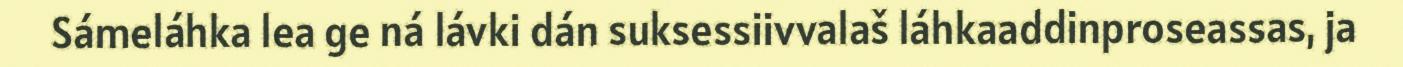
Sámeláhka lea ge ná lávki dán suksessiivvalaš láhkaaddinproseassas, ja